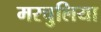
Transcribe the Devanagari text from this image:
मरचुलिया